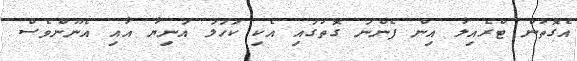
އެގޮތުން ޓްރެއިލާ އިން ފެންނަ ގޮތުގައި އެކި ކަހަލަ އަނިޔާ އާއި އެނޫންވެސް